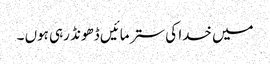
میں خدا کی ستر مائیں ڈھونڈ رہی ہوں ۔